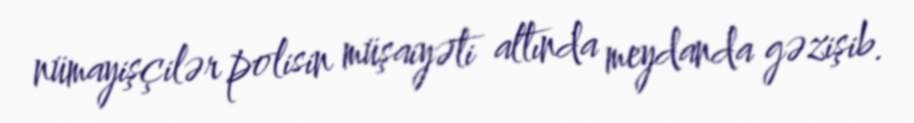
nümayişçilər polisin müşaiyəti altında meydanda gəzişib.